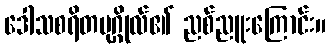
ဒေါသစရိတပုဂ္ဂိုလ်၏ ညစ်ညူးကြောင်း။